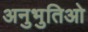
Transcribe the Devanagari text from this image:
अनुभुतिओ